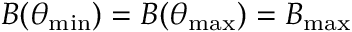
B ( \theta _ { \mathrm { m i n } } ) = B ( \theta _ { \mathrm { m a x } } ) = B _ { \mathrm { m a x } }